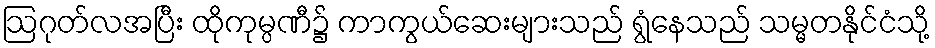
ဩဂုတ်လအပြီး ထိုကုမ္ပဏီ၌ ကာကွယ်ဆေးများသည် ရွံနေသည် သမ္မတနိုင်ငံသို့